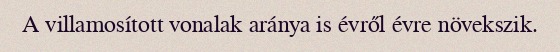
A villamosított vonalak aránya is évről évre növekszik.